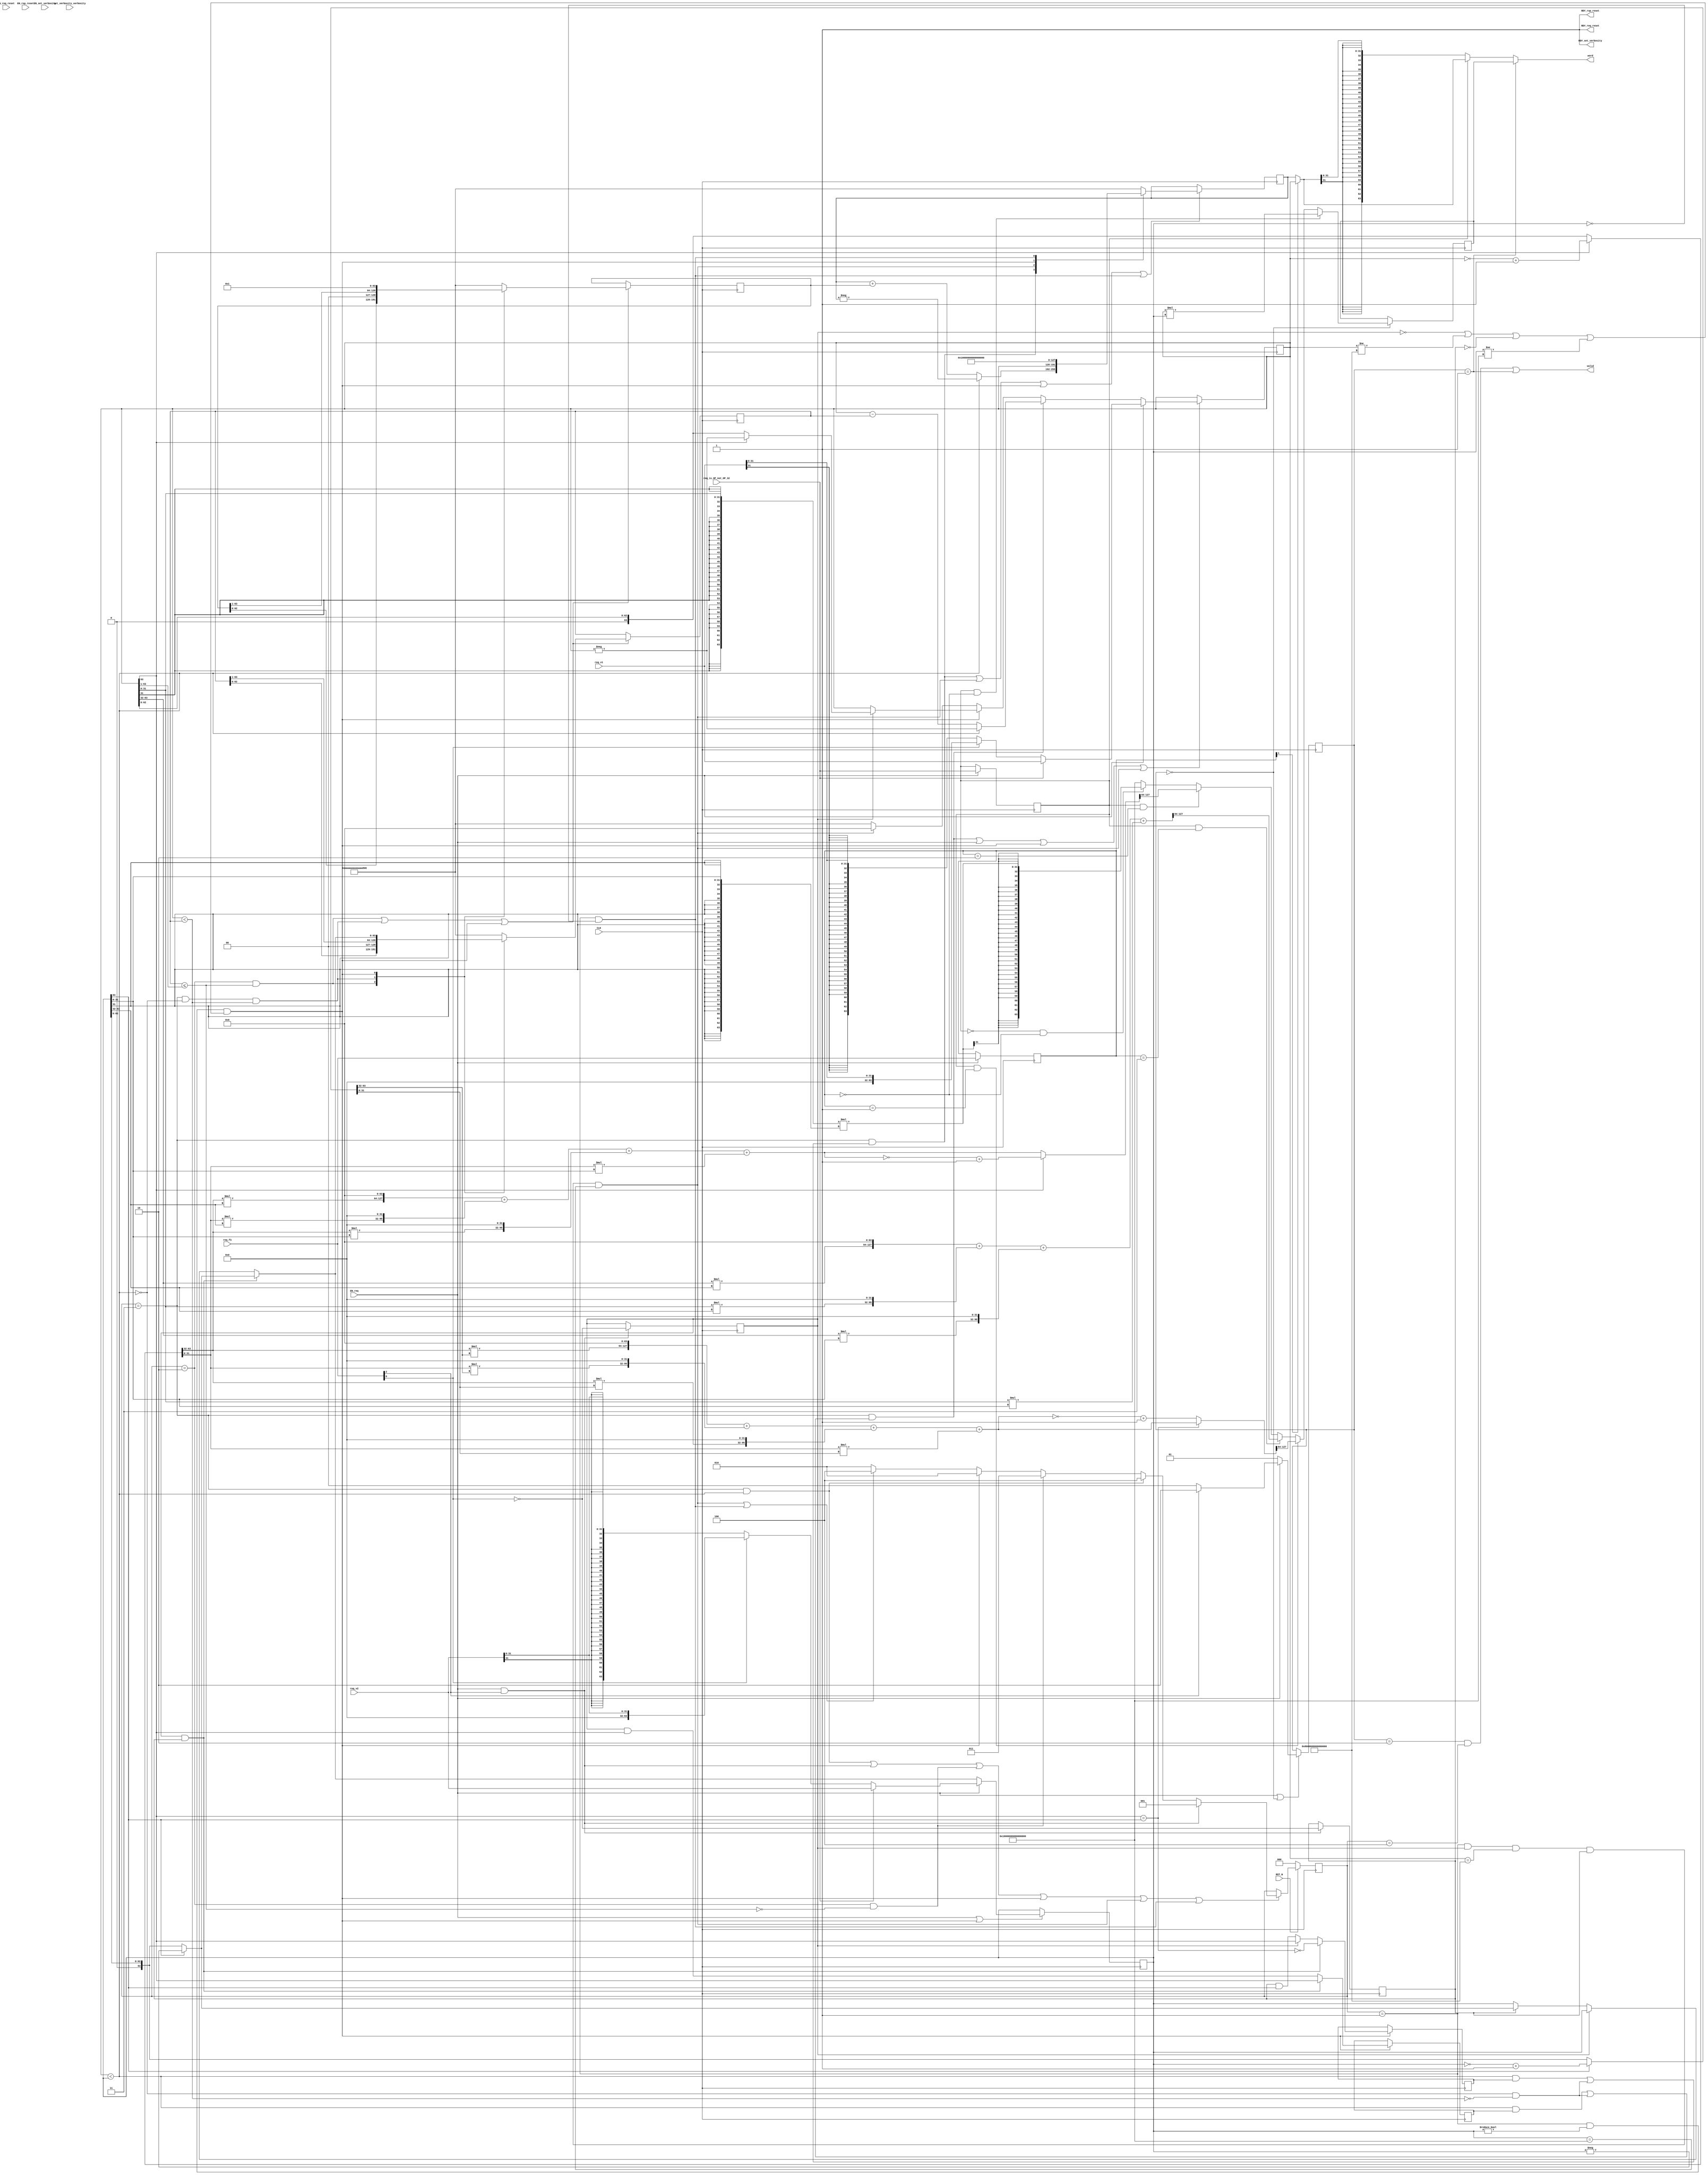
//
// Generated by Bluespec Compiler, version untagged-gb2fda995 (build b2fda995)
//
//
// Ports:
// Name                         I/O  size props
// RDY_set_verbosity              O     1 const
// RDY_req_reset                  O     1 const
// RDY_rsp_reset                  O     1 const
// valid                          O     1
// word                           O    64
// CLK                            I     1 clock
// RST_N                          I     1 reset
// set_verbosity_verbosity        I     4 reg
// req_is_OP_not_OP_32            I     1
// req_f3                         I     3
// req_v1                         I    64
// req_v2                         I    64
// EN_set_verbosity               I     1
// EN_req_reset                   I     1 unused
// EN_rsp_reset                   I     1 unused
// EN_req                         I     1
//
// No combinational paths from inputs to outputs
//
//

`ifdef BSV_ASSIGNMENT_DELAY
`else
  `define BSV_ASSIGNMENT_DELAY
`endif

`ifdef BSV_POSITIVE_RESET
  `define BSV_RESET_VALUE 1'b1
  `define BSV_RESET_EDGE posedge
`else
  `define BSV_RESET_VALUE 1'b0
  `define BSV_RESET_EDGE negedge
`endif

module mkRISCV_MBox(CLK,
		    RST_N,

		    set_verbosity_verbosity,
		    EN_set_verbosity,
		    RDY_set_verbosity,

		    EN_req_reset,
		    RDY_req_reset,

		    EN_rsp_reset,
		    RDY_rsp_reset,

		    req_is_OP_not_OP_32,
		    req_f3,
		    req_v1,
		    req_v2,
		    EN_req,

		    valid,

		    word);
  input  CLK;
  input  RST_N;

  // action method set_verbosity
  input  [3 : 0] set_verbosity_verbosity;
  input  EN_set_verbosity;
  output RDY_set_verbosity;

  // action method req_reset
  input  EN_req_reset;
  output RDY_req_reset;

  // action method rsp_reset
  input  EN_rsp_reset;
  output RDY_rsp_reset;

  // action method req
  input  req_is_OP_not_OP_32;
  input  [2 : 0] req_f3;
  input  [63 : 0] req_v1;
  input  [63 : 0] req_v2;
  input  EN_req;

  // value method valid
  output valid;

  // value method word
  output [63 : 0] word;

  // signals for module outputs
  wire [63 : 0] word;
  wire RDY_req_reset, RDY_rsp_reset, RDY_set_verbosity, valid;

  // inlined wires
  wire dw_valid$whas;

  // register cfg_verbosity
  reg [3 : 0] cfg_verbosity;
  wire [3 : 0] cfg_verbosity$D_IN;
  wire cfg_verbosity$EN;

  // register intDiv_rg_denom2
  reg [63 : 0] intDiv_rg_denom2;
  reg [63 : 0] intDiv_rg_denom2$D_IN;
  wire intDiv_rg_denom2$EN;

  // register intDiv_rg_denom_is_signed
  reg intDiv_rg_denom_is_signed;
  wire intDiv_rg_denom_is_signed$D_IN, intDiv_rg_denom_is_signed$EN;

  // register intDiv_rg_n
  reg [63 : 0] intDiv_rg_n;
  reg [63 : 0] intDiv_rg_n$D_IN;
  wire intDiv_rg_n$EN;

  // register intDiv_rg_numer_is_signed
  reg intDiv_rg_numer_is_signed;
  wire intDiv_rg_numer_is_signed$D_IN, intDiv_rg_numer_is_signed$EN;

  // register intDiv_rg_quo
  reg [63 : 0] intDiv_rg_quo;
  reg [63 : 0] intDiv_rg_quo$D_IN;
  wire intDiv_rg_quo$EN;

  // register intDiv_rg_quoIsNeg
  reg intDiv_rg_quoIsNeg;
  wire intDiv_rg_quoIsNeg$D_IN, intDiv_rg_quoIsNeg$EN;

  // register intDiv_rg_remIsNeg
  reg intDiv_rg_remIsNeg;
  wire intDiv_rg_remIsNeg$D_IN, intDiv_rg_remIsNeg$EN;

  // register intDiv_rg_state
  reg [2 : 0] intDiv_rg_state;
  reg [2 : 0] intDiv_rg_state$D_IN;
  wire intDiv_rg_state$EN;

  // register rg_f3
  reg [2 : 0] rg_f3;
  wire [2 : 0] rg_f3$D_IN;
  wire rg_f3$EN;

  // register rg_is_OP_not_OP_32
  reg rg_is_OP_not_OP_32;
  wire rg_is_OP_not_OP_32$D_IN, rg_is_OP_not_OP_32$EN;

  // register rg_result
  reg [63 : 0] rg_result;
  wire [63 : 0] rg_result$D_IN;
  wire rg_result$EN;

  // register rg_state
  reg [1 : 0] rg_state;
  wire [1 : 0] rg_state$D_IN;
  wire rg_state$EN;

  // register rg_v1
  reg [63 : 0] rg_v1;
  reg [63 : 0] rg_v1$D_IN;
  wire rg_v1$EN;

  // register rg_v2
  reg [63 : 0] rg_v2;
  wire [63 : 0] rg_v2$D_IN;
  wire rg_v2$EN;

  // rule scheduling signals
  wire CAN_FIRE_RL_intDiv_rl_loop1,
       CAN_FIRE_RL_intDiv_rl_loop2,
       CAN_FIRE_RL_intDiv_rl_start_div_by_zero,
       CAN_FIRE_RL_intDiv_rl_start_overflow,
       CAN_FIRE_RL_intDiv_rl_start_s,
       CAN_FIRE_RL_rg_div_rem,
       CAN_FIRE_RL_rl_mul,
       CAN_FIRE_RL_rl_mul2,
       CAN_FIRE_req,
       CAN_FIRE_req_reset,
       CAN_FIRE_rsp_reset,
       CAN_FIRE_set_verbosity,
       WILL_FIRE_RL_intDiv_rl_loop1,
       WILL_FIRE_RL_intDiv_rl_loop2,
       WILL_FIRE_RL_intDiv_rl_start_div_by_zero,
       WILL_FIRE_RL_intDiv_rl_start_overflow,
       WILL_FIRE_RL_intDiv_rl_start_s,
       WILL_FIRE_RL_rg_div_rem,
       WILL_FIRE_RL_rl_mul,
       WILL_FIRE_RL_rl_mul2,
       WILL_FIRE_req,
       WILL_FIRE_req_reset,
       WILL_FIRE_rsp_reset,
       WILL_FIRE_set_verbosity;

  // inputs to muxes for submodule ports
  wire [63 : 0] MUX_dw_result$wset_1__VAL_2,
		MUX_intDiv_rg_denom2$write_1__VAL_1,
		MUX_intDiv_rg_denom2$write_1__VAL_2,
		MUX_intDiv_rg_denom2$write_1__VAL_3,
		MUX_intDiv_rg_n$write_1__VAL_1,
		MUX_intDiv_rg_n$write_1__VAL_2,
		MUX_intDiv_rg_quo$write_1__VAL_1,
		MUX_rg_v1$write_1__VAL_1,
		MUX_rg_v1$write_1__VAL_2,
		MUX_rg_v1$write_1__VAL_3,
		MUX_rg_v2$write_1__VAL_1;
  wire [1 : 0] MUX_rg_state$write_1__VAL_1;
  wire MUX_intDiv_rg_denom2$write_1__SEL_1,
       MUX_intDiv_rg_denom2$write_1__SEL_2,
       MUX_intDiv_rg_quo$write_1__SEL_1,
       MUX_intDiv_rg_state$write_1__SEL_1,
       MUX_intDiv_rg_state$write_1__SEL_2,
       MUX_intDiv_rg_state$write_1__SEL_3,
       MUX_rg_v1$write_1__SEL_2;

  // declarations used by system tasks
  // synopsys translate_off
  reg [31 : 0] v__h5665;
  reg [31 : 0] v__h5659;
  // synopsys translate_on

  // remaining internal signals
  wire [127 : 0] IF_rg_v1_BIT_63_5_EQ_rg_v2_BIT_63_0_6_THEN_pro_ETC__q8,
		 IF_rg_v1_BIT_63_THEN_prod___1263_ELSE_prod195__q6,
		 SEXT_rg_v1_BITS_31_TO_0_49_87_MUL_SEXT_rg_v2_B_ETC___d189,
		 _0x0_CONCAT_IF_rg_v1_BIT_63_5_THEN_INV_rg_v1_08_ETC___d118,
		 _0x0_CONCAT_IF_rg_v1_BIT_63_5_THEN_INV_rg_v1_08_ETC___d123,
		 _0x0_CONCAT_IF_rg_v1_BIT_63_5_THEN_INV_rg_v1_08_ETC___d129,
		 _0x0_CONCAT_IF_rg_v1_BIT_63_5_THEN_INV_rg_v1_08_ETC___d133,
		 _0x0_CONCAT_IF_rg_v1_BIT_63_5_THEN_INV_rg_v1_08_ETC___d167,
		 _0x0_CONCAT_IF_rg_v1_BIT_63_5_THEN_INV_rg_v1_08_ETC___d170,
		 _0x0_CONCAT_IF_rg_v1_BIT_63_5_THEN_INV_rg_v1_08_ETC___d174,
		 _0x0_CONCAT_IF_rg_v1_BIT_63_5_THEN_INV_rg_v1_08_ETC___d178,
		 _0x0_CONCAT_rg_v1_BITS_31_TO_0_49_50_MUL_0x0_CO_ETC___d151,
		 _0x0_CONCAT_rg_v1_BITS_31_TO_0_49_50_MUL_0x0_CO_ETC___d161,
		 _0x0_CONCAT_rg_v1_BITS_63_TO_32_42_43_MUL_0x0_C_ETC___d146,
		 _0x0_CONCAT_rg_v1_BITS_63_TO_32_42_43_MUL_0x0_C_ETC___d157,
		 prod___1__h4585,
		 prod___1__h5263,
		 prod__h4475,
		 prod__h5195,
		 rg_v1_MUL_rg_v2___d105,
		 x961_PLUS_y962__q7,
		 x__h4587,
		 x__h4617,
		 x__h4619,
		 x__h4621,
		 x__h4961,
		 x__h4963,
		 x__h4965,
		 x__h5265,
		 x__h5295,
		 x__h5297,
		 x__h5299,
		 y__h4618,
		 y__h4620,
		 y__h4622,
		 y__h4962,
		 y__h4964,
		 y__h4966,
		 y__h5296,
		 y__h5298,
		 y__h5300;
  wire [63 : 0] IF_rg_f3_4_BIT_1_02_THEN_rg_v1_ELSE_intDiv_rg__ETC___d203,
		IF_rg_v1_BIT_63_5_THEN_INV_rg_v1_08_PLUS_1_09__ETC___d110,
		IF_rg_v2_BIT_63_0_THEN_INV_rg_v2_13_PLUS_1_14__ETC___d115,
		_theResult___fst__h6159,
		_theResult___fst__h6189,
		_theResult___fst__h6215,
		_theResult___fst__h765,
		_theResult___snd__h6160,
		_theResult___snd__h6190,
		_theResult___snd__h6216,
		_theResult___snd_fst__h760,
		b__h4574,
		b__h5253,
		denom___1__h698,
		numer___1__h697,
		result___1__h5934,
		v__h4455,
		v__h4896,
		v__h5175,
		v__h5542,
		v__h5559,
		x__h3996,
		x__h4100,
		x__h4159,
		x__h4174,
		x__h4721,
		x__h5072,
		x__h5123,
		x__h5303,
		x__h5345,
		x__h5387,
		y__h3857,
		y__h4626,
		y__h4793,
		y__h5388,
		y__h5490;
  wire [31 : 0] IF_rg_f3_4_BIT_1_02_THEN_rg_v1_ELSE_intDiv_rg__ETC__q9,
		SEXT_rg_v1_BITS_31_TO_0_49_87_MUL_SEXT_rg_v2_B_ETC__q5,
		req_v1_BITS_31_TO_0__q1,
		req_v2_BITS_31_TO_0__q2,
		rg_v1_BITS_31_TO_0__q3,
		rg_v2_BITS_31_TO_0__q4;
  wire IF_intDiv_rg_numer_is_signed_THEN_rg_v1_BIT_63_ETC___d39,
       intDiv_rg_denom2_4_ULE_0_CONCAT_rg_v1_BITS_63__ETC___d47,
       rg_v1_BIT_63_5_EQ_rg_v2_BIT_63_0___d36,
       rg_v1_ULT_intDiv_rg_denom2_4___d59,
       rg_v1_ULT_rg_v2___d55;

  // action method set_verbosity
  assign RDY_set_verbosity = 1'd1 ;
  assign CAN_FIRE_set_verbosity = 1'd1 ;
  assign WILL_FIRE_set_verbosity = EN_set_verbosity ;

  // action method req_reset
  assign RDY_req_reset = 1'd1 ;
  assign CAN_FIRE_req_reset = 1'd1 ;
  assign WILL_FIRE_req_reset = EN_req_reset ;

  // action method rsp_reset
  assign RDY_rsp_reset = 1'd1 ;
  assign CAN_FIRE_rsp_reset = 1'd1 ;
  assign WILL_FIRE_rsp_reset = EN_rsp_reset ;

  // action method req
  assign CAN_FIRE_req = 1'd1 ;
  assign WILL_FIRE_req = EN_req ;

  // value method valid
  assign valid = dw_valid$whas ;

  // value method word
  assign word =
	     WILL_FIRE_RL_rl_mul2 ? rg_result : MUX_dw_result$wset_1__VAL_2 ;

  // rule RL_rl_mul
  assign CAN_FIRE_RL_rl_mul = rg_state == 2'd0 ;
  assign WILL_FIRE_RL_rl_mul = rg_state == 2'd0 ;

  // rule RL_rl_mul2
  assign CAN_FIRE_RL_rl_mul2 = rg_state == 2'd1 ;
  assign WILL_FIRE_RL_rl_mul2 = CAN_FIRE_RL_rl_mul2 ;

  // rule RL_rg_div_rem
  assign CAN_FIRE_RL_rg_div_rem =
	     rg_state == 2'd2 && intDiv_rg_state == 3'd4 ;
  assign WILL_FIRE_RL_rg_div_rem = CAN_FIRE_RL_rg_div_rem ;

  // rule RL_intDiv_rl_start_div_by_zero
  assign CAN_FIRE_RL_intDiv_rl_start_div_by_zero =
	     intDiv_rg_state == 3'd1 && rg_v2 == 64'd0 ;
  assign WILL_FIRE_RL_intDiv_rl_start_div_by_zero =
	     CAN_FIRE_RL_intDiv_rl_start_div_by_zero ;

  // rule RL_intDiv_rl_start_overflow
  assign CAN_FIRE_RL_intDiv_rl_start_overflow =
	     intDiv_rg_state == 3'd1 && intDiv_rg_numer_is_signed &&
	     rg_v1 == 64'h8000000000000000 &&
	     intDiv_rg_denom_is_signed &&
	     rg_v2 == 64'hFFFFFFFFFFFFFFFF ;
  assign WILL_FIRE_RL_intDiv_rl_start_overflow =
	     CAN_FIRE_RL_intDiv_rl_start_overflow ;

  // rule RL_intDiv_rl_start_s
  assign CAN_FIRE_RL_intDiv_rl_start_s =
	     intDiv_rg_state == 3'd1 && rg_v2 != 64'd0 &&
	     (!intDiv_rg_numer_is_signed || rg_v1 != 64'h8000000000000000 ||
	      !intDiv_rg_denom_is_signed ||
	      rg_v2 != 64'hFFFFFFFFFFFFFFFF) ;
  assign WILL_FIRE_RL_intDiv_rl_start_s = CAN_FIRE_RL_intDiv_rl_start_s ;

  // rule RL_intDiv_rl_loop1
  assign CAN_FIRE_RL_intDiv_rl_loop1 = intDiv_rg_state == 3'd2 ;
  assign WILL_FIRE_RL_intDiv_rl_loop1 = CAN_FIRE_RL_intDiv_rl_loop1 ;

  // rule RL_intDiv_rl_loop2
  assign CAN_FIRE_RL_intDiv_rl_loop2 = intDiv_rg_state == 3'd3 ;
  assign WILL_FIRE_RL_intDiv_rl_loop2 = CAN_FIRE_RL_intDiv_rl_loop2 ;

  // inputs to muxes for submodule ports
  assign MUX_intDiv_rg_denom2$write_1__SEL_1 =
	     WILL_FIRE_RL_intDiv_rl_loop1 &&
	     intDiv_rg_denom2_4_ULE_0_CONCAT_rg_v1_BITS_63__ETC___d47 ;
  assign MUX_intDiv_rg_denom2$write_1__SEL_2 =
	     WILL_FIRE_RL_intDiv_rl_loop2 && !rg_v1_ULT_rg_v2___d55 &&
	     rg_v1_ULT_intDiv_rg_denom2_4___d59 ;
  assign MUX_intDiv_rg_quo$write_1__SEL_1 =
	     WILL_FIRE_RL_intDiv_rl_loop2 &&
	     (rg_v1_ULT_rg_v2___d55 && intDiv_rg_quoIsNeg ||
	      !rg_v1_ULT_rg_v2___d55 && !rg_v1_ULT_intDiv_rg_denom2_4___d59) ;
  assign MUX_intDiv_rg_state$write_1__SEL_1 = EN_req && req_f3[2] ;
  assign MUX_intDiv_rg_state$write_1__SEL_2 =
	     WILL_FIRE_RL_intDiv_rl_loop2 && rg_v1_ULT_rg_v2___d55 ;
  assign MUX_intDiv_rg_state$write_1__SEL_3 =
	     WILL_FIRE_RL_intDiv_rl_loop1 &&
	     !intDiv_rg_denom2_4_ULE_0_CONCAT_rg_v1_BITS_63__ETC___d47 ;
  assign MUX_rg_v1$write_1__SEL_2 =
	     WILL_FIRE_RL_intDiv_rl_loop2 &&
	     (rg_v1_ULT_rg_v2___d55 && intDiv_rg_remIsNeg ||
	      !rg_v1_ULT_rg_v2___d55 && !rg_v1_ULT_intDiv_rg_denom2_4___d59) ;
  assign MUX_dw_result$wset_1__VAL_2 =
	     rg_is_OP_not_OP_32 ?
	       IF_rg_f3_4_BIT_1_02_THEN_rg_v1_ELSE_intDiv_rg__ETC___d203 :
	       result___1__h5934 ;
  assign MUX_intDiv_rg_denom2$write_1__VAL_1 =
	     { intDiv_rg_denom2[62:0], 1'd0 } ;
  assign MUX_intDiv_rg_denom2$write_1__VAL_2 =
	     { 1'd0, intDiv_rg_denom2[63:1] } ;
  assign MUX_intDiv_rg_denom2$write_1__VAL_3 =
	     (intDiv_rg_numer_is_signed && intDiv_rg_denom_is_signed) ?
	       denom___1__h698 :
	       _theResult___snd_fst__h760 ;
  assign MUX_intDiv_rg_n$write_1__VAL_1 = { intDiv_rg_n[62:0], 1'd0 } ;
  assign MUX_intDiv_rg_n$write_1__VAL_2 = { 1'd0, intDiv_rg_n[63:1] } ;
  assign MUX_intDiv_rg_quo$write_1__VAL_1 =
	     rg_v1_ULT_rg_v2___d55 ? x__h4100 : x__h4174 ;
  assign MUX_rg_state$write_1__VAL_1 = req_f3[2] ? 2'd2 : 2'd0 ;
  assign MUX_rg_v1$write_1__VAL_1 =
	     req_is_OP_not_OP_32 ? req_v1 : _theResult___fst__h6159 ;
  assign MUX_rg_v1$write_1__VAL_2 =
	     rg_v1_ULT_rg_v2___d55 ? x__h4159 : x__h3996 ;
  assign MUX_rg_v1$write_1__VAL_3 =
	     intDiv_rg_numer_is_signed ? numer___1__h697 : rg_v1 ;
  assign MUX_rg_v2$write_1__VAL_1 =
	     req_is_OP_not_OP_32 ? req_v2 : _theResult___snd__h6160 ;

  // inlined wires
  assign dw_valid$whas = WILL_FIRE_RL_rg_div_rem || WILL_FIRE_RL_rl_mul2 ;

  // register cfg_verbosity
  assign cfg_verbosity$D_IN = set_verbosity_verbosity ;
  assign cfg_verbosity$EN = EN_set_verbosity ;

  // register intDiv_rg_denom2
  always@(MUX_intDiv_rg_denom2$write_1__SEL_1 or
	  MUX_intDiv_rg_denom2$write_1__VAL_1 or
	  MUX_intDiv_rg_denom2$write_1__SEL_2 or
	  MUX_intDiv_rg_denom2$write_1__VAL_2 or
	  WILL_FIRE_RL_intDiv_rl_start_s or
	  MUX_intDiv_rg_denom2$write_1__VAL_3)
  begin
    case (1'b1) // synopsys parallel_case
      MUX_intDiv_rg_denom2$write_1__SEL_1:
	  intDiv_rg_denom2$D_IN = MUX_intDiv_rg_denom2$write_1__VAL_1;
      MUX_intDiv_rg_denom2$write_1__SEL_2:
	  intDiv_rg_denom2$D_IN = MUX_intDiv_rg_denom2$write_1__VAL_2;
      WILL_FIRE_RL_intDiv_rl_start_s:
	  intDiv_rg_denom2$D_IN = MUX_intDiv_rg_denom2$write_1__VAL_3;
      default: intDiv_rg_denom2$D_IN =
		   64'hAAAAAAAAAAAAAAAA /* unspecified value */ ;
    endcase
  end
  assign intDiv_rg_denom2$EN =
	     WILL_FIRE_RL_intDiv_rl_loop1 &&
	     intDiv_rg_denom2_4_ULE_0_CONCAT_rg_v1_BITS_63__ETC___d47 ||
	     WILL_FIRE_RL_intDiv_rl_loop2 && !rg_v1_ULT_rg_v2___d55 &&
	     rg_v1_ULT_intDiv_rg_denom2_4___d59 ||
	     WILL_FIRE_RL_intDiv_rl_start_s ;

  // register intDiv_rg_denom_is_signed
  assign intDiv_rg_denom_is_signed$D_IN = !req_f3[0] ;
  assign intDiv_rg_denom_is_signed$EN = MUX_intDiv_rg_state$write_1__SEL_1 ;

  // register intDiv_rg_n
  always@(MUX_intDiv_rg_denom2$write_1__SEL_1 or
	  MUX_intDiv_rg_n$write_1__VAL_1 or
	  MUX_intDiv_rg_denom2$write_1__SEL_2 or
	  MUX_intDiv_rg_n$write_1__VAL_2 or WILL_FIRE_RL_intDiv_rl_start_s)
  begin
    case (1'b1) // synopsys parallel_case
      MUX_intDiv_rg_denom2$write_1__SEL_1:
	  intDiv_rg_n$D_IN = MUX_intDiv_rg_n$write_1__VAL_1;
      MUX_intDiv_rg_denom2$write_1__SEL_2:
	  intDiv_rg_n$D_IN = MUX_intDiv_rg_n$write_1__VAL_2;
      WILL_FIRE_RL_intDiv_rl_start_s: intDiv_rg_n$D_IN = 64'd1;
      default: intDiv_rg_n$D_IN =
		   64'hAAAAAAAAAAAAAAAA /* unspecified value */ ;
    endcase
  end
  assign intDiv_rg_n$EN =
	     WILL_FIRE_RL_intDiv_rl_loop1 &&
	     intDiv_rg_denom2_4_ULE_0_CONCAT_rg_v1_BITS_63__ETC___d47 ||
	     WILL_FIRE_RL_intDiv_rl_loop2 && !rg_v1_ULT_rg_v2___d55 &&
	     rg_v1_ULT_intDiv_rg_denom2_4___d59 ||
	     WILL_FIRE_RL_intDiv_rl_start_s ;

  // register intDiv_rg_numer_is_signed
  assign intDiv_rg_numer_is_signed$D_IN = !req_f3[0] ;
  assign intDiv_rg_numer_is_signed$EN = MUX_intDiv_rg_state$write_1__SEL_1 ;

  // register intDiv_rg_quo
  always@(MUX_intDiv_rg_quo$write_1__SEL_1 or
	  MUX_intDiv_rg_quo$write_1__VAL_1 or
	  WILL_FIRE_RL_intDiv_rl_start_overflow or
	  rg_v1 or
	  WILL_FIRE_RL_intDiv_rl_start_s or
	  WILL_FIRE_RL_intDiv_rl_start_div_by_zero)
  begin
    case (1'b1) // synopsys parallel_case
      MUX_intDiv_rg_quo$write_1__SEL_1:
	  intDiv_rg_quo$D_IN = MUX_intDiv_rg_quo$write_1__VAL_1;
      WILL_FIRE_RL_intDiv_rl_start_overflow: intDiv_rg_quo$D_IN = rg_v1;
      WILL_FIRE_RL_intDiv_rl_start_s: intDiv_rg_quo$D_IN = 64'd0;
      WILL_FIRE_RL_intDiv_rl_start_div_by_zero:
	  intDiv_rg_quo$D_IN = 64'hFFFFFFFFFFFFFFFF;
      default: intDiv_rg_quo$D_IN =
		   64'hAAAAAAAAAAAAAAAA /* unspecified value */ ;
    endcase
  end
  assign intDiv_rg_quo$EN =
	     MUX_intDiv_rg_quo$write_1__SEL_1 ||
	     WILL_FIRE_RL_intDiv_rl_start_overflow ||
	     WILL_FIRE_RL_intDiv_rl_start_s ||
	     WILL_FIRE_RL_intDiv_rl_start_div_by_zero ;

  // register intDiv_rg_quoIsNeg
  assign intDiv_rg_quoIsNeg$D_IN =
	     (intDiv_rg_numer_is_signed && intDiv_rg_denom_is_signed) ?
	       !rg_v1_BIT_63_5_EQ_rg_v2_BIT_63_0___d36 :
	       IF_intDiv_rg_numer_is_signed_THEN_rg_v1_BIT_63_ETC___d39 ;
  assign intDiv_rg_quoIsNeg$EN = CAN_FIRE_RL_intDiv_rl_start_s ;

  // register intDiv_rg_remIsNeg
  assign intDiv_rg_remIsNeg$D_IN =
	     (intDiv_rg_numer_is_signed && intDiv_rg_denom_is_signed) ?
	       rg_v1[63] :
	       intDiv_rg_numer_is_signed && rg_v1[63] ;
  assign intDiv_rg_remIsNeg$EN = CAN_FIRE_RL_intDiv_rl_start_s ;

  // register intDiv_rg_state
  always@(MUX_intDiv_rg_state$write_1__SEL_1 or
	  MUX_intDiv_rg_state$write_1__SEL_2 or
	  MUX_intDiv_rg_state$write_1__SEL_3 or
	  WILL_FIRE_RL_intDiv_rl_start_s or
	  WILL_FIRE_RL_intDiv_rl_start_overflow or
	  WILL_FIRE_RL_intDiv_rl_start_div_by_zero)
  case (1'b1)
    MUX_intDiv_rg_state$write_1__SEL_1: intDiv_rg_state$D_IN = 3'd1;
    MUX_intDiv_rg_state$write_1__SEL_2: intDiv_rg_state$D_IN = 3'd4;
    MUX_intDiv_rg_state$write_1__SEL_3: intDiv_rg_state$D_IN = 3'd3;
    WILL_FIRE_RL_intDiv_rl_start_s: intDiv_rg_state$D_IN = 3'd2;
    WILL_FIRE_RL_intDiv_rl_start_overflow ||
    WILL_FIRE_RL_intDiv_rl_start_div_by_zero:
	intDiv_rg_state$D_IN = 3'd4;
    default: intDiv_rg_state$D_IN = 3'b010 /* unspecified value */ ;
  endcase
  assign intDiv_rg_state$EN =
	     WILL_FIRE_RL_intDiv_rl_loop2 && rg_v1_ULT_rg_v2___d55 ||
	     EN_req && req_f3[2] ||
	     WILL_FIRE_RL_intDiv_rl_loop1 &&
	     !intDiv_rg_denom2_4_ULE_0_CONCAT_rg_v1_BITS_63__ETC___d47 ||
	     WILL_FIRE_RL_intDiv_rl_start_s ||
	     WILL_FIRE_RL_intDiv_rl_start_overflow ||
	     WILL_FIRE_RL_intDiv_rl_start_div_by_zero ;

  // register rg_f3
  assign rg_f3$D_IN = req_f3 ;
  assign rg_f3$EN = EN_req ;

  // register rg_is_OP_not_OP_32
  assign rg_is_OP_not_OP_32$D_IN = req_is_OP_not_OP_32 ;
  assign rg_is_OP_not_OP_32$EN = EN_req ;

  // register rg_result
  assign rg_result$D_IN =
	     (rg_is_OP_not_OP_32 && rg_f3 == 3'b0) ?
	       rg_v1_MUL_rg_v2___d105[63:0] :
	       v__h4455 ;
  assign rg_result$EN = rg_state == 2'd0 ;

  // register rg_state
  assign rg_state$D_IN = EN_req ? MUX_rg_state$write_1__VAL_1 : 2'd1 ;
  assign rg_state$EN = EN_req || WILL_FIRE_RL_rl_mul ;

  // register rg_v1
  always@(EN_req or
	  MUX_rg_v1$write_1__VAL_1 or
	  MUX_rg_v1$write_1__SEL_2 or
	  MUX_rg_v1$write_1__VAL_2 or
	  WILL_FIRE_RL_intDiv_rl_start_s or
	  MUX_rg_v1$write_1__VAL_3 or WILL_FIRE_RL_intDiv_rl_start_overflow)
  case (1'b1)
    EN_req: rg_v1$D_IN = MUX_rg_v1$write_1__VAL_1;
    MUX_rg_v1$write_1__SEL_2: rg_v1$D_IN = MUX_rg_v1$write_1__VAL_2;
    WILL_FIRE_RL_intDiv_rl_start_s: rg_v1$D_IN = MUX_rg_v1$write_1__VAL_3;
    WILL_FIRE_RL_intDiv_rl_start_overflow: rg_v1$D_IN = 64'd0;
    default: rg_v1$D_IN = 64'hAAAAAAAAAAAAAAAA /* unspecified value */ ;
  endcase
  assign rg_v1$EN =
	     MUX_rg_v1$write_1__SEL_2 || EN_req ||
	     WILL_FIRE_RL_intDiv_rl_start_s ||
	     WILL_FIRE_RL_intDiv_rl_start_overflow ;

  // register rg_v2
  assign rg_v2$D_IN =
	     EN_req ?
	       MUX_rg_v2$write_1__VAL_1 :
	       MUX_intDiv_rg_denom2$write_1__VAL_3 ;
  assign rg_v2$EN = EN_req || WILL_FIRE_RL_intDiv_rl_start_s ;

  // remaining internal signals
  assign IF_intDiv_rg_numer_is_signed_THEN_rg_v1_BIT_63_ETC___d39 =
	     intDiv_rg_numer_is_signed ?
	       rg_v1[63] :
	       intDiv_rg_denom_is_signed && rg_v2[63] ;
  assign IF_rg_f3_4_BIT_1_02_THEN_rg_v1_ELSE_intDiv_rg__ETC___d203 =
	     rg_f3[1] ? rg_v1 : intDiv_rg_quo ;
  assign IF_rg_f3_4_BIT_1_02_THEN_rg_v1_ELSE_intDiv_rg__ETC__q9 =
	     IF_rg_f3_4_BIT_1_02_THEN_rg_v1_ELSE_intDiv_rg__ETC___d203[31:0] ;
  assign IF_rg_v1_BIT_63_5_EQ_rg_v2_BIT_63_0_6_THEN_pro_ETC__q8 =
	     rg_v1_BIT_63_5_EQ_rg_v2_BIT_63_0___d36 ?
	       prod__h4475 :
	       prod___1__h4585 ;
  assign IF_rg_v1_BIT_63_5_THEN_INV_rg_v1_08_PLUS_1_09__ETC___d110 =
	     rg_v1[63] ? b__h5253 : rg_v1 ;
  assign IF_rg_v1_BIT_63_THEN_prod___1263_ELSE_prod195__q6 =
	     rg_v1[63] ? prod___1__h5263 : prod__h5195 ;
  assign IF_rg_v2_BIT_63_0_THEN_INV_rg_v2_13_PLUS_1_14__ETC___d115 =
	     rg_v2[63] ? b__h4574 : rg_v2 ;
  assign SEXT_rg_v1_BITS_31_TO_0_49_87_MUL_SEXT_rg_v2_B_ETC___d189 =
	     { {32{rg_v1_BITS_31_TO_0__q3[31]}}, rg_v1_BITS_31_TO_0__q3 } *
	     { {32{rg_v2_BITS_31_TO_0__q4[31]}}, rg_v2_BITS_31_TO_0__q4 } ;
  assign SEXT_rg_v1_BITS_31_TO_0_49_87_MUL_SEXT_rg_v2_B_ETC__q5 =
	     SEXT_rg_v1_BITS_31_TO_0_49_87_MUL_SEXT_rg_v2_B_ETC___d189[31:0] ;
  assign _0x0_CONCAT_IF_rg_v1_BIT_63_5_THEN_INV_rg_v1_08_ETC___d118 =
	     x__h5303 * y__h4626 ;
  assign _0x0_CONCAT_IF_rg_v1_BIT_63_5_THEN_INV_rg_v1_08_ETC___d123 =
	     x__h5387 * y__h4626 ;
  assign _0x0_CONCAT_IF_rg_v1_BIT_63_5_THEN_INV_rg_v1_08_ETC___d129 =
	     x__h5303 * y__h4793 ;
  assign _0x0_CONCAT_IF_rg_v1_BIT_63_5_THEN_INV_rg_v1_08_ETC___d133 =
	     x__h5387 * y__h4793 ;
  assign _0x0_CONCAT_IF_rg_v1_BIT_63_5_THEN_INV_rg_v1_08_ETC___d167 =
	     x__h5303 * y__h5388 ;
  assign _0x0_CONCAT_IF_rg_v1_BIT_63_5_THEN_INV_rg_v1_08_ETC___d170 =
	     x__h5387 * y__h5388 ;
  assign _0x0_CONCAT_IF_rg_v1_BIT_63_5_THEN_INV_rg_v1_08_ETC___d174 =
	     x__h5303 * y__h5490 ;
  assign _0x0_CONCAT_IF_rg_v1_BIT_63_5_THEN_INV_rg_v1_08_ETC___d178 =
	     x__h5387 * y__h5490 ;
  assign _0x0_CONCAT_rg_v1_BITS_31_TO_0_49_50_MUL_0x0_CO_ETC___d151 =
	     x__h5123 * y__h5388 ;
  assign _0x0_CONCAT_rg_v1_BITS_31_TO_0_49_50_MUL_0x0_CO_ETC___d161 =
	     x__h5123 * y__h5490 ;
  assign _0x0_CONCAT_rg_v1_BITS_63_TO_32_42_43_MUL_0x0_C_ETC___d146 =
	     x__h5072 * y__h5388 ;
  assign _0x0_CONCAT_rg_v1_BITS_63_TO_32_42_43_MUL_0x0_C_ETC___d157 =
	     x__h5072 * y__h5490 ;
  assign _theResult___fst__h6159 =
	     req_f3[0] ? _theResult___fst__h6215 : _theResult___fst__h6189 ;
  assign _theResult___fst__h6189 =
	     { {32{req_v1_BITS_31_TO_0__q1[31]}}, req_v1_BITS_31_TO_0__q1 } ;
  assign _theResult___fst__h6215 = { 32'd0, req_v1[31:0] } ;
  assign _theResult___fst__h765 =
	     intDiv_rg_denom_is_signed ? denom___1__h698 : rg_v2 ;
  assign _theResult___snd__h6160 =
	     req_f3[0] ? _theResult___snd__h6216 : _theResult___snd__h6190 ;
  assign _theResult___snd__h6190 =
	     { {32{req_v2_BITS_31_TO_0__q2[31]}}, req_v2_BITS_31_TO_0__q2 } ;
  assign _theResult___snd__h6216 = { 32'd0, req_v2[31:0] } ;
  assign _theResult___snd_fst__h760 =
	     intDiv_rg_numer_is_signed ? rg_v2 : _theResult___fst__h765 ;
  assign b__h4574 = x__h4721 + 64'd1 ;
  assign b__h5253 = x__h5345 + 64'd1 ;
  assign denom___1__h698 = rg_v2[63] ? -rg_v2 : rg_v2 ;
  assign intDiv_rg_denom2_4_ULE_0_CONCAT_rg_v1_BITS_63__ETC___d47 =
	     intDiv_rg_denom2 <= y__h3857 ;
  assign numer___1__h697 = rg_v1[63] ? x__h4159 : rg_v1 ;
  assign prod___1__h4585 = x__h4587 + 128'd1 ;
  assign prod___1__h5263 = x__h5265 + 128'd1 ;
  assign prod__h4475 = x__h4617 + y__h4618 ;
  assign prod__h5195 = x__h5295 + y__h5296 ;
  assign req_v1_BITS_31_TO_0__q1 = req_v1[31:0] ;
  assign req_v2_BITS_31_TO_0__q2 = req_v2[31:0] ;
  assign result___1__h5934 =
	     { {32{IF_rg_f3_4_BIT_1_02_THEN_rg_v1_ELSE_intDiv_rg__ETC__q9[31]}},
	       IF_rg_f3_4_BIT_1_02_THEN_rg_v1_ELSE_intDiv_rg__ETC__q9 } ;
  assign rg_v1_BITS_31_TO_0__q3 = rg_v1[31:0] ;
  assign rg_v1_BIT_63_5_EQ_rg_v2_BIT_63_0___d36 = rg_v1[63] == rg_v2[63] ;
  assign rg_v1_MUL_rg_v2___d105 = rg_v1 * rg_v2 ;
  assign rg_v1_ULT_intDiv_rg_denom2_4___d59 = rg_v1 < intDiv_rg_denom2 ;
  assign rg_v1_ULT_rg_v2___d55 = rg_v1 < rg_v2 ;
  assign rg_v2_BITS_31_TO_0__q4 = rg_v2[31:0] ;
  assign v__h4455 =
	     (rg_is_OP_not_OP_32 && rg_f3 == 3'b001) ?
	       IF_rg_v1_BIT_63_5_EQ_rg_v2_BIT_63_0_6_THEN_pro_ETC__q8[127:64] :
	       v__h4896 ;
  assign v__h4896 =
	     (rg_is_OP_not_OP_32 && rg_f3 == 3'b011) ?
	       x961_PLUS_y962__q7[127:64] :
	       v__h5175 ;
  assign v__h5175 =
	     (rg_is_OP_not_OP_32 && rg_f3 == 3'b010) ?
	       IF_rg_v1_BIT_63_THEN_prod___1263_ELSE_prod195__q6[127:64] :
	       v__h5542 ;
  assign v__h5542 =
	     (!rg_is_OP_not_OP_32 && rg_f3 == 3'b0) ?
	       v__h5559 :
	       64'hFFFFFFFFFFFFFFFF ;
  assign v__h5559 =
	     { {32{SEXT_rg_v1_BITS_31_TO_0_49_87_MUL_SEXT_rg_v2_B_ETC__q5[31]}},
	       SEXT_rg_v1_BITS_31_TO_0_49_87_MUL_SEXT_rg_v2_B_ETC__q5 } ;
  assign x961_PLUS_y962__q7 = x__h4961 + y__h4962 ;
  assign x__h3996 = rg_v1 - intDiv_rg_denom2 ;
  assign x__h4100 = -intDiv_rg_quo ;
  assign x__h4159 = -rg_v1 ;
  assign x__h4174 = intDiv_rg_quo + intDiv_rg_n ;
  assign x__h4587 = ~prod__h4475 ;
  assign x__h4617 = x__h4619 + y__h4620 ;
  assign x__h4619 = x__h4621 + y__h4622 ;
  assign x__h4621 =
	     { _0x0_CONCAT_IF_rg_v1_BIT_63_5_THEN_INV_rg_v1_08_ETC___d118[63:0],
	       64'h0 } ;
  assign x__h4721 = ~rg_v2 ;
  assign x__h4961 = x__h4963 + y__h4964 ;
  assign x__h4963 = x__h4965 + y__h4966 ;
  assign x__h4965 =
	     { _0x0_CONCAT_rg_v1_BITS_63_TO_32_42_43_MUL_0x0_C_ETC___d146[63:0],
	       64'h0 } ;
  assign x__h5072 = { 32'h0, rg_v1[63:32] } ;
  assign x__h5123 = { 32'h0, rg_v1[31:0] } ;
  assign x__h5265 = ~prod__h5195 ;
  assign x__h5295 = x__h5297 + y__h5298 ;
  assign x__h5297 = x__h5299 + y__h5300 ;
  assign x__h5299 =
	     { _0x0_CONCAT_IF_rg_v1_BIT_63_5_THEN_INV_rg_v1_08_ETC___d167[63:0],
	       64'h0 } ;
  assign x__h5303 =
	     { 32'h0,
	       IF_rg_v1_BIT_63_5_THEN_INV_rg_v1_08_PLUS_1_09__ETC___d110[63:32] } ;
  assign x__h5345 = ~rg_v1 ;
  assign x__h5387 =
	     { 32'h0,
	       IF_rg_v1_BIT_63_5_THEN_INV_rg_v1_08_PLUS_1_09__ETC___d110[31:0] } ;
  assign y__h3857 = { 1'd0, rg_v1[63:1] } ;
  assign y__h4618 =
	     { 64'h0,
	       _0x0_CONCAT_IF_rg_v1_BIT_63_5_THEN_INV_rg_v1_08_ETC___d133[63:0] } ;
  assign y__h4620 =
	     { 32'h0,
	       _0x0_CONCAT_IF_rg_v1_BIT_63_5_THEN_INV_rg_v1_08_ETC___d129[63:0],
	       32'h0 } ;
  assign y__h4622 =
	     { 32'h0,
	       _0x0_CONCAT_IF_rg_v1_BIT_63_5_THEN_INV_rg_v1_08_ETC___d123[63:0],
	       32'h0 } ;
  assign y__h4626 =
	     { 32'h0,
	       IF_rg_v2_BIT_63_0_THEN_INV_rg_v2_13_PLUS_1_14__ETC___d115[63:32] } ;
  assign y__h4793 =
	     { 32'h0,
	       IF_rg_v2_BIT_63_0_THEN_INV_rg_v2_13_PLUS_1_14__ETC___d115[31:0] } ;
  assign y__h4962 =
	     { 64'h0,
	       _0x0_CONCAT_rg_v1_BITS_31_TO_0_49_50_MUL_0x0_CO_ETC___d161[63:0] } ;
  assign y__h4964 =
	     { 32'h0,
	       _0x0_CONCAT_rg_v1_BITS_63_TO_32_42_43_MUL_0x0_C_ETC___d157[63:0],
	       32'h0 } ;
  assign y__h4966 =
	     { 32'h0,
	       _0x0_CONCAT_rg_v1_BITS_31_TO_0_49_50_MUL_0x0_CO_ETC___d151[63:0],
	       32'h0 } ;
  assign y__h5296 =
	     { 64'h0,
	       _0x0_CONCAT_IF_rg_v1_BIT_63_5_THEN_INV_rg_v1_08_ETC___d178[63:0] } ;
  assign y__h5298 =
	     { 32'h0,
	       _0x0_CONCAT_IF_rg_v1_BIT_63_5_THEN_INV_rg_v1_08_ETC___d174[63:0],
	       32'h0 } ;
  assign y__h5300 =
	     { 32'h0,
	       _0x0_CONCAT_IF_rg_v1_BIT_63_5_THEN_INV_rg_v1_08_ETC___d170[63:0],
	       32'h0 } ;
  assign y__h5388 = { 32'h0, rg_v2[63:32] } ;
  assign y__h5490 = { 32'h0, rg_v2[31:0] } ;

  // handling of inlined registers

  always@(posedge CLK)
  begin
    if (RST_N == `BSV_RESET_VALUE)
      begin
        cfg_verbosity <= `BSV_ASSIGNMENT_DELAY 4'd0;
	intDiv_rg_state <= `BSV_ASSIGNMENT_DELAY 3'd0;
      end
    else
      begin
        if (cfg_verbosity$EN)
	  cfg_verbosity <= `BSV_ASSIGNMENT_DELAY cfg_verbosity$D_IN;
	if (intDiv_rg_state$EN)
	  intDiv_rg_state <= `BSV_ASSIGNMENT_DELAY intDiv_rg_state$D_IN;
      end
    if (intDiv_rg_denom2$EN)
      intDiv_rg_denom2 <= `BSV_ASSIGNMENT_DELAY intDiv_rg_denom2$D_IN;
    if (intDiv_rg_denom_is_signed$EN)
      intDiv_rg_denom_is_signed <= `BSV_ASSIGNMENT_DELAY
	  intDiv_rg_denom_is_signed$D_IN;
    if (intDiv_rg_n$EN) intDiv_rg_n <= `BSV_ASSIGNMENT_DELAY intDiv_rg_n$D_IN;
    if (intDiv_rg_numer_is_signed$EN)
      intDiv_rg_numer_is_signed <= `BSV_ASSIGNMENT_DELAY
	  intDiv_rg_numer_is_signed$D_IN;
    if (intDiv_rg_quo$EN)
      intDiv_rg_quo <= `BSV_ASSIGNMENT_DELAY intDiv_rg_quo$D_IN;
    if (intDiv_rg_quoIsNeg$EN)
      intDiv_rg_quoIsNeg <= `BSV_ASSIGNMENT_DELAY intDiv_rg_quoIsNeg$D_IN;
    if (intDiv_rg_remIsNeg$EN)
      intDiv_rg_remIsNeg <= `BSV_ASSIGNMENT_DELAY intDiv_rg_remIsNeg$D_IN;
    if (rg_f3$EN) rg_f3 <= `BSV_ASSIGNMENT_DELAY rg_f3$D_IN;
    if (rg_is_OP_not_OP_32$EN)
      rg_is_OP_not_OP_32 <= `BSV_ASSIGNMENT_DELAY rg_is_OP_not_OP_32$D_IN;
    if (rg_result$EN) rg_result <= `BSV_ASSIGNMENT_DELAY rg_result$D_IN;
    if (rg_state$EN) rg_state <= `BSV_ASSIGNMENT_DELAY rg_state$D_IN;
    if (rg_v1$EN) rg_v1 <= `BSV_ASSIGNMENT_DELAY rg_v1$D_IN;
    if (rg_v2$EN) rg_v2 <= `BSV_ASSIGNMENT_DELAY rg_v2$D_IN;
  end

  // synopsys translate_off
  `ifdef BSV_NO_INITIAL_BLOCKS
  `else // not BSV_NO_INITIAL_BLOCKS
  initial
  begin
    cfg_verbosity = 4'hA;
    intDiv_rg_denom2 = 64'hAAAAAAAAAAAAAAAA;
    intDiv_rg_denom_is_signed = 1'h0;
    intDiv_rg_n = 64'hAAAAAAAAAAAAAAAA;
    intDiv_rg_numer_is_signed = 1'h0;
    intDiv_rg_quo = 64'hAAAAAAAAAAAAAAAA;
    intDiv_rg_quoIsNeg = 1'h0;
    intDiv_rg_remIsNeg = 1'h0;
    intDiv_rg_state = 3'h2;
    rg_f3 = 3'h2;
    rg_is_OP_not_OP_32 = 1'h0;
    rg_result = 64'hAAAAAAAAAAAAAAAA;
    rg_state = 2'h2;
    rg_v1 = 64'hAAAAAAAAAAAAAAAA;
    rg_v2 = 64'hAAAAAAAAAAAAAAAA;
  end
  `endif // BSV_NO_INITIAL_BLOCKS
  // synopsys translate_on

  // handling of system tasks

  // synopsys translate_off
  always@(negedge CLK)
  begin
    #0;
    if (RST_N != `BSV_RESET_VALUE)
      if (WILL_FIRE_RL_rl_mul && cfg_verbosity > 4'd1)
	$display("    RISCV_MBox.rl_mul");
    if (RST_N != `BSV_RESET_VALUE)
      if (WILL_FIRE_RL_rl_mul && (!rg_is_OP_not_OP_32 || rg_f3 != 3'b0) &&
	  (!rg_is_OP_not_OP_32 || rg_f3 != 3'b001) &&
	  (!rg_is_OP_not_OP_32 || rg_f3 != 3'b011) &&
	  (!rg_is_OP_not_OP_32 || rg_f3 != 3'b010) &&
	  (rg_is_OP_not_OP_32 || rg_f3 != 3'b0))
	begin
	  v__h5665 = $stime;
	  #0;
	end
    v__h5659 = v__h5665 / 32'd10;
    if (RST_N != `BSV_RESET_VALUE)
      if (WILL_FIRE_RL_rl_mul && (!rg_is_OP_not_OP_32 || rg_f3 != 3'b0) &&
	  (!rg_is_OP_not_OP_32 || rg_f3 != 3'b001) &&
	  (!rg_is_OP_not_OP_32 || rg_f3 != 3'b011) &&
	  (!rg_is_OP_not_OP_32 || rg_f3 != 3'b010) &&
	  (rg_is_OP_not_OP_32 || rg_f3 != 3'b0))
	$display("%0d: ERROR: RISCV_MBox.rl_mul: illegal f3.", v__h5659);
    if (RST_N != `BSV_RESET_VALUE)
      if (WILL_FIRE_RL_rl_mul && (!rg_is_OP_not_OP_32 || rg_f3 != 3'b0) &&
	  (!rg_is_OP_not_OP_32 || rg_f3 != 3'b001) &&
	  (!rg_is_OP_not_OP_32 || rg_f3 != 3'b011) &&
	  (!rg_is_OP_not_OP_32 || rg_f3 != 3'b010) &&
	  (rg_is_OP_not_OP_32 || rg_f3 != 3'b0))
	$display("    f3 0x%0h  v1 0x%0h  v2 0x%0h", rg_f3, rg_v1, rg_v2);
    if (RST_N != `BSV_RESET_VALUE)
      if (WILL_FIRE_RL_rl_mul && (!rg_is_OP_not_OP_32 || rg_f3 != 3'b0) &&
	  (!rg_is_OP_not_OP_32 || rg_f3 != 3'b001) &&
	  (!rg_is_OP_not_OP_32 || rg_f3 != 3'b011) &&
	  (!rg_is_OP_not_OP_32 || rg_f3 != 3'b010) &&
	  (rg_is_OP_not_OP_32 || rg_f3 != 3'b0))
	$finish(32'd1);
  end
  // synopsys translate_on
endmodule  // mkRISCV_MBox